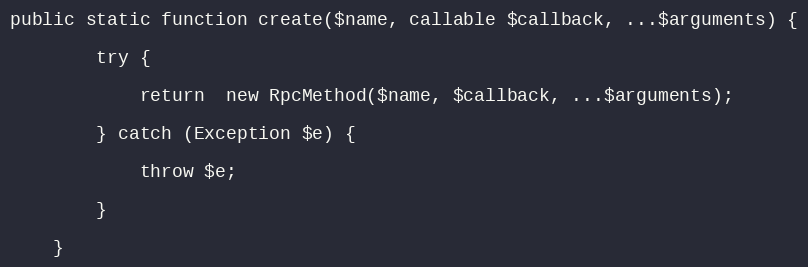
Language: PHP
public static function create($name, callable $callback, ...$arguments) {

        try {

            return  new RpcMethod($name, $callback, ...$arguments);

        } catch (Exception $e) {

            throw $e;

        }

    }